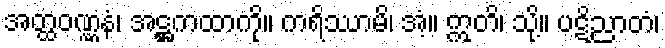
အတ္ထဝဏ္ဏနံ၊ အဋ္ဌကထာကို။ ကရိဿာမိ၊ အံ့။ ဣတိ၊ သို့။ ပဋိညာတံ၊